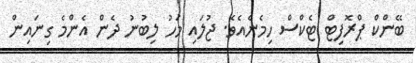
ބޭންކް ޕްރޮފިޓް ޓެކްސް ހިމެނެއެވެ. ޖުލައި މަހު ލިބުނު ދެން އެންމެ ގިނައިން